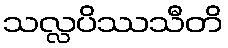
သလ္လပိဿသီတိ